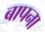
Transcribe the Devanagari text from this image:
बापना